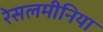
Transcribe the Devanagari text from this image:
रेसलमीनिया